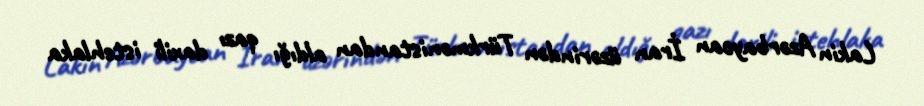
Lakin Azərbaycan İran üzərindən Türkmənistandan aldığı qazı daxili istehlaka